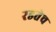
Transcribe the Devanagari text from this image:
रडतेच